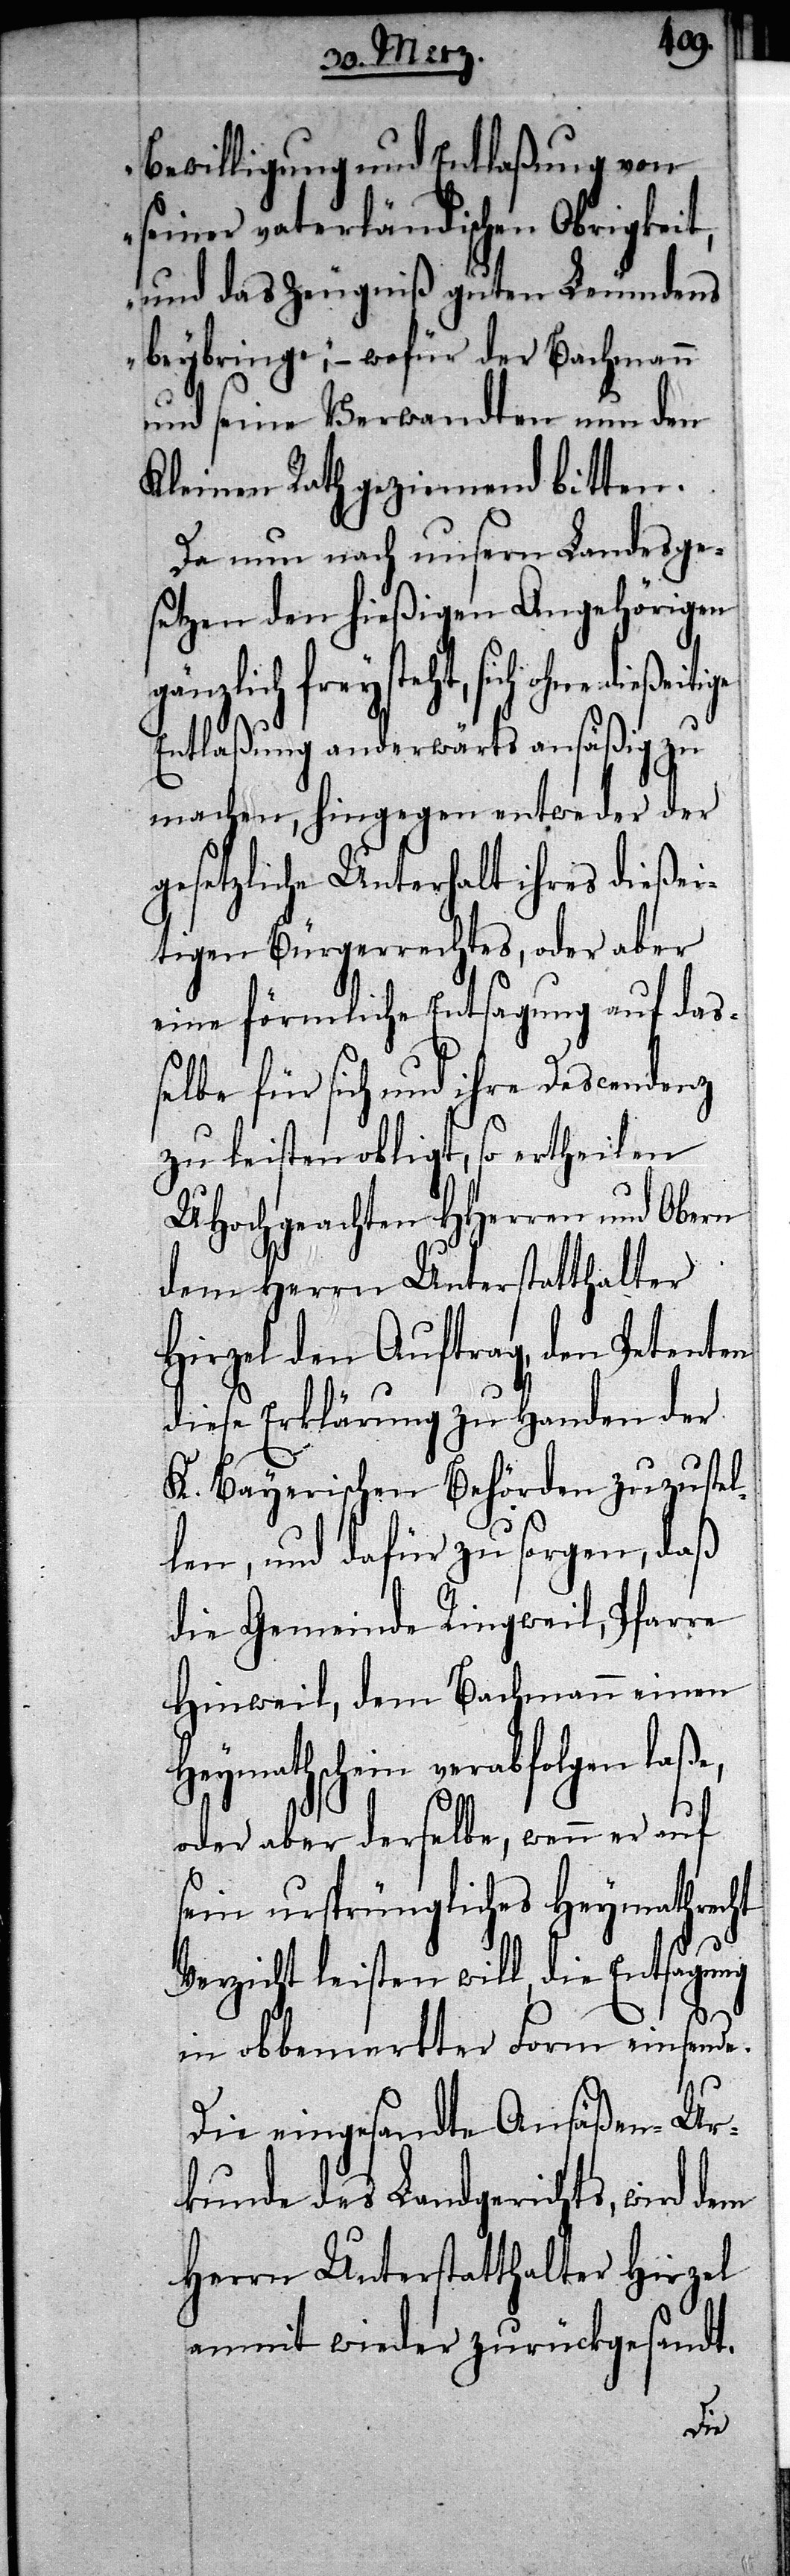
bewilligung und Entlaßung von
seiner vaterländischen Obrigkeit,
und das Zeugniß guten Leumdens
beybringe“, wofür der Bachmann
und seine Verwandten nun den
Kleinen Rath geziemend bitten.
Da nun nach unsern Landesge¬
setzen den hießigen Angehörigen
gänzlich frey steht, sich ohne
Entlaßung anderwärts ansäßig zu
machen, hingegen entweder der
gesetzliche Unterhalt ihres dießei¬
tigen Bürgerrechtes, oder aber
eine förmliche Entsagung auf daß¬
elbe für sich und ihre Descendenz
zu leisten obligt, so ertheilen
UHochgeachten HHerren und Obern
dem Herrn Unterstatthalter
Hirzel den Auftrag, den Petenten
diese Erklärung zu Handen der
K. Bayerischen Behörden zuzustel¬
len, und dafür zu sorgen, daß
die Gemeinde Ringweil, Pfarre
Hinweil, dem Bachmann einen
Heymathschein verabfolgen laße,
oder aber derselbe, wenn er auf
sein ursprüngliches Heymathrecht
Verzicht leisten will, die Entsagung
in obbemerkter Form einsende.
Die eingesandte Ansäßen-Ur¬
kunde des Landgerichts, wird dem
Herrn Unterstatthalter Hirzel
anmit wieder zurückgesandt.